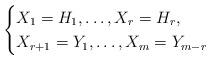
LaTeX: \begin{align*} \begin{cases}X_1 = H_1, \dotsc, X_r = H_r, \\X_{r+1} = Y_1, \dotsc, X_m = Y_{m-r}\end{cases}\end{align*}